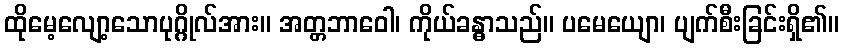
ထိုမေ့လျော့သောပုဂ္ဂိုလ်အား။ အတ္တဘာဝေါ၊ ကိုယ်ခန္ဓာသည်။ ပမေယျော၊ ပျက်စီးခြင်းရှိ၏။